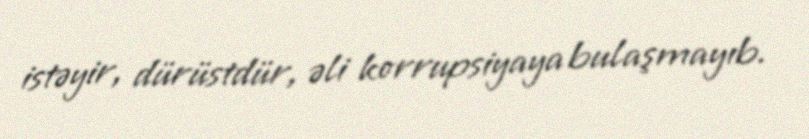
istəyir, dürüstdür, əli korrupsiyaya bulaşmayıb.